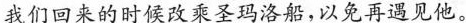
我们回来的时候改乘圣玛洛船，以免再遇见他。